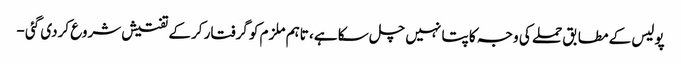
پولیس کے مطابق حملے کی وجہ کا پتا نہیں چل سکا ہے، تاہم ملزم کو گرفتار کرکے تفتیش شروع کردی گئی -